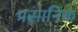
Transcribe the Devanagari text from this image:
प्रसानिक